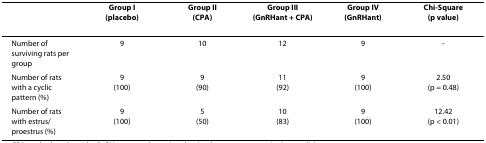
<table><thead><tr><td></td><td><b>Group I(placebo)</b></td><td><b>Group II(CPA)</b></td><td><b>Group III(GnRHant + CPA)</b></td><td><b>Group IV(GnRHant)</b></td><td><b>Chi-Square(p value)</b></td></tr></thead><tbody><tr><td>Number of surviving rats per group</td><td>9</td><td>10</td><td>12</td><td>9</td><td>-</td></tr><tr><td>Number of rats with a cyclic pattern (%)</td><td>9(100)</td><td>9(90)</td><td>11(92)</td><td>9(100)</td><td>2.50(p = 0.48)</td></tr><tr><td>Number of rats with estrus/proestrus (%)</td><td>9(100)</td><td>5(50)</td><td>10(83)</td><td>9(100)</td><td>12.42(p &lt; 0.01)</td></tr></tbody></table>